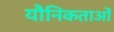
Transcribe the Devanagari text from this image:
यौनिकताओं